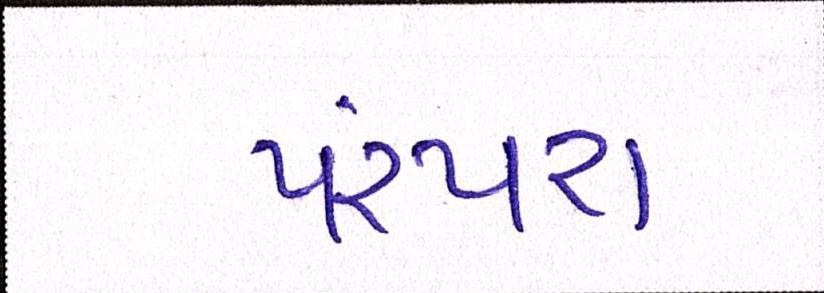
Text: પરંપરા